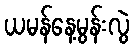
ယမန်နေ့မွန်းလွဲ